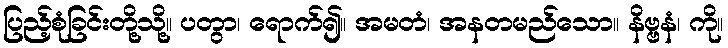
ပြည့်စုံခြင်းတို့သို့။ ပတွာ၊ ရောက်၍။ အမတံ၊ အနတမည်သော။ နိဗ္ဗနံ၊ ကို။